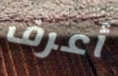
أعرف